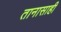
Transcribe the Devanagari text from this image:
तानासाही